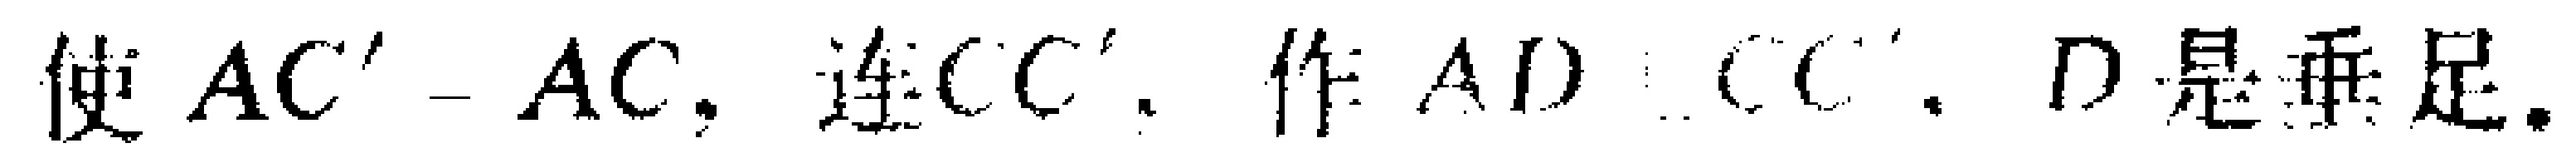
使 \(AC' = AC\)，连 \(CC'\)，作 \(AD\perp CC'\)，\(D\) 是垂足。